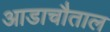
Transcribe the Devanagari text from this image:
आडाचौताल